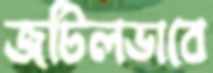
জটিলভাবে